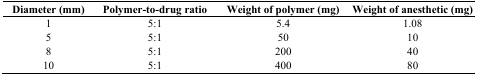
<table><thead><tr><td><b>Diameter (mm)</b></td><td><b>Polymer-to-drug ratio</b></td><td><b>Weight of polymer (mg)</b></td><td><b>Weight of anesthetic (mg)</b></td></tr></thead><tbody><tr><td>1</td><td>5:1</td><td>5.4</td><td>1.08</td></tr><tr><td>5</td><td>5:1</td><td>50</td><td>10</td></tr><tr><td>8</td><td>5:1</td><td>200</td><td>40</td></tr><tr><td>10</td><td>5:1</td><td>400</td><td>80</td></tr></tbody></table>